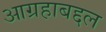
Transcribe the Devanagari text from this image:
आग्रहाबद्दल